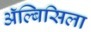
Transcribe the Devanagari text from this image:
ॲल्बिसिला